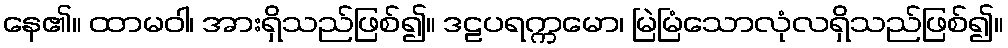
နေ၏။ ထာမဝါ၊ အားရှိသည်ဖြစ်၍။ ဒဠပရက္ကမော၊ မြဲမြံသောလုံလရှိသည်ဖြစ်၍။